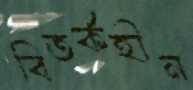
বিতর্কহীন